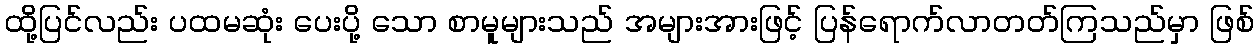
ထို့ပြင်လည်း ပထမဆုံး ပေးပို့ သော စာမူများသည် အများအားဖြင့် ပြန်ရောက်လာတတ်ကြသည်မှာ ဖြစ်